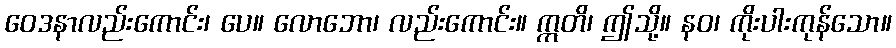
ဝေဒနာလည်းကောင်း၊ ပေ။ လောဘော၊ လည်းကောင်း။ ဣတိ၊ ဤသို့။ နဝ၊ ကိုးပါးကုန်သော။